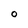
Character: O